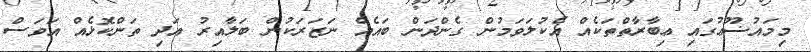
މިމައުޟޫޢުގައި ޢިބާރާތްތަކެއް އެކުލަވަމުން ގެންދަން ބައެއް ނަޒަރަކުން ބަލާއިރު އަދި ތަންކޮޅެއް އަވަސް